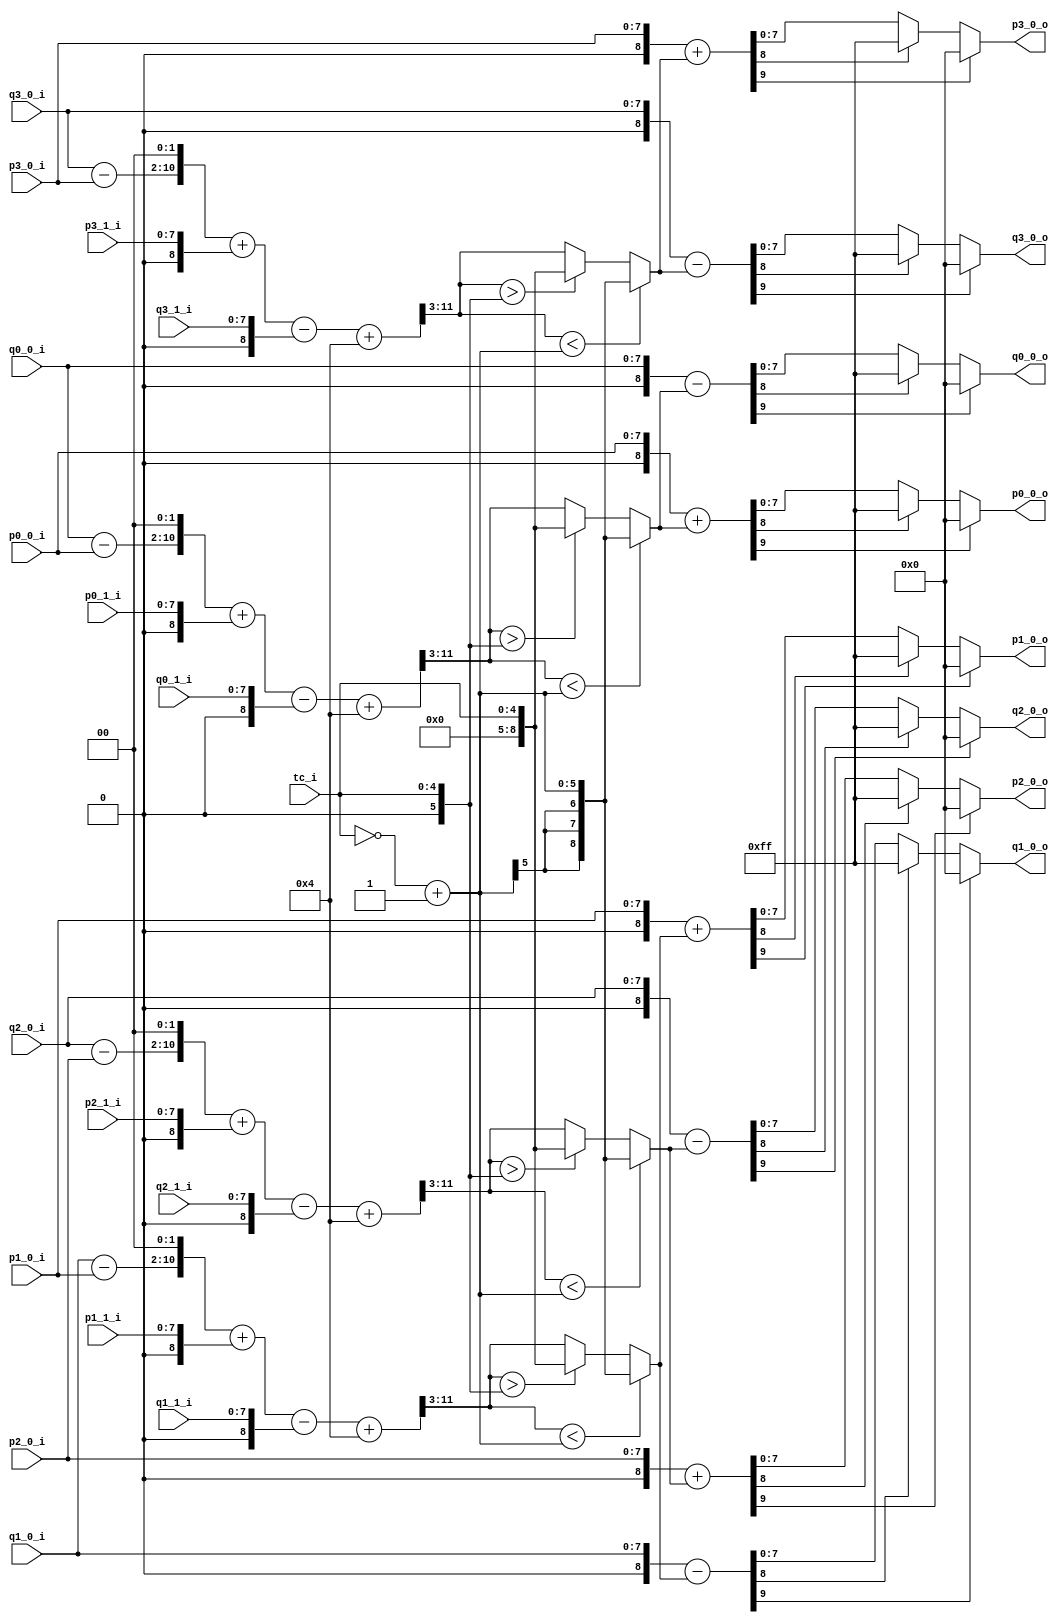
//----------------------------------------------------------------------------
//                                                                 
//  COPYRIGHT (C) 2011, VIPcore Group, Fudan University
//                                                                  
//  THIS FILE MAY NOT BE MODIFIED OR REDISTRIBUTED WITHOUT THE      
//  EXPRESSED WRITTEN CONSENT OF VIPcore Group
//                                                                  
//  VIPcore       : http://soc.fudan.edu.cn/vip    
//  IP Owner      : Yibo FAN
//  Contact       : fanyibo@fudan.edu.cn             
//----------------------------------------------------------------------------
// Author         : 
// Created        : 
// Description    : 
//                                
//----------------------------------------------------------------------------

module db_chroma_filter(
                    tc_i,
                            
                    p0_0_i  ,  p0_1_i  ,
                    p1_0_i  ,  p1_1_i  ,
                    p2_0_i  ,  p2_1_i  ,
                    p3_0_i  ,  p3_1_i  ,
                                       
                    q0_0_i  ,  q0_1_i  ,
                    q1_0_i  ,  q1_1_i  ,
                    q2_0_i  ,  q2_1_i  ,
                    q3_0_i  ,  q3_1_i  ,

                    p0_0_o  ,
                    p1_0_o  ,
                    p2_0_o  ,
                    p3_0_o  ,
                    q0_0_o  ,
                    q1_0_o  ,
                    q2_0_o  ,
                    q3_0_o   

    );

input [4:0] tc_i;

input       [7:0] p0_0_i  ,  p0_1_i  , 
                  p1_0_i  ,  p1_1_i  , 
                  p2_0_i  ,  p2_1_i  , 
                  p3_0_i  ,  p3_1_i  ; 
                                       
input       [7:0] q0_0_i  ,  q0_1_i  , 
                  q1_0_i  ,  q1_1_i  , 
                  q2_0_i  ,  q2_1_i  , 
                  q3_0_i  ,  q3_1_i  ; 

output[7:0] p0_0_o  ,  p1_0_o  ,  p2_0_o   , p3_0_o ;                   
output[7:0] q0_0_o  ,  q1_0_o  ,  q2_0_o   , q3_0_o ;

wire signed [8:0]  p0_0_s_w  =  {1'b0 , p0_0_i } ;
wire signed [8:0]  p0_1_s_w  =  {1'b0 , p0_1_i } ;
wire signed [8:0]  p1_0_s_w  =  {1'b0 , p1_0_i } ;
wire signed [8:0]  p1_1_s_w  =  {1'b0 , p1_1_i } ;
wire signed [8:0]  p2_0_s_w  =  {1'b0 , p2_0_i } ;
wire signed [8:0]  p2_1_s_w  =  {1'b0 , p2_1_i } ;
wire signed [8:0]  p3_0_s_w  =  {1'b0 , p3_0_i } ;
wire signed [8:0]  p3_1_s_w  =  {1'b0 , p3_1_i } ;
                                                
wire signed [8:0]  q0_0_s_w  =  {1'b0 , q0_0_i } ;
wire signed [8:0]  q0_1_s_w  =  {1'b0 , q0_1_i } ;
wire signed [8:0]  q1_0_s_w  =  {1'b0 , q1_0_i } ;
wire signed [8:0]  q1_1_s_w  =  {1'b0 , q1_1_i } ;
wire signed [8:0]  q2_0_s_w  =  {1'b0 , q2_0_i } ;
wire signed [8:0]  q2_1_s_w  =  {1'b0 , q2_1_i } ;
wire signed [8:0]  q3_0_s_w  =  {1'b0 , q3_0_i } ;
wire signed [8:0]  q3_1_s_w  =  {1'b0 , q3_1_i } ;

wire  signed [8:0]  delta0_w  ;//chroma delta
wire  signed [8:0]  delta1_w  ;//chroma delta
wire  signed [8:0]  delta2_w  ;//chroma delta
wire  signed [8:0]  delta3_w  ;//chroma delta

wire  signed [5:0]  tc_x        ;
wire  signed [5:0]  tc_y        ;

assign delta0_w = ((((q0_0_s_w-p0_0_s_w)<<2)+p0_1_s_w-q0_1_s_w+4)>>3);
assign delta1_w = ((((q1_0_s_w-p1_0_s_w)<<2)+p1_1_s_w-q1_1_s_w+4)>>3);
assign delta2_w = ((((q2_0_s_w-p2_0_s_w)<<2)+p2_1_s_w-q2_1_s_w+4)>>3);
assign delta3_w = ((((q3_0_s_w-p3_0_s_w)<<2)+p3_1_s_w-q3_1_s_w+4)>>3);

assign tc_x       = ~tc_i + 1'b1 ;
assign tc_y       = {1'b0,tc_i}  ;

wire  signed [8:0]  delta0_tc_w  ;//chroma delta
wire  signed [8:0]  delta1_tc_w  ;//chroma delta
wire  signed [8:0]  delta2_tc_w  ;//chroma delta
wire  signed [8:0]  delta3_tc_w  ;//chroma delta

assign delta0_tc_w = delta0_w < tc_x ? tc_x : (delta0_w > tc_y ? tc_y :delta0_w ) ;
assign delta1_tc_w = delta1_w < tc_x ? tc_x : (delta1_w > tc_y ? tc_y :delta1_w ) ;
assign delta2_tc_w = delta2_w < tc_x ? tc_x : (delta2_w > tc_y ? tc_y :delta2_w ) ;
assign delta3_tc_w = delta3_w < tc_x ? tc_x : (delta3_w > tc_y ? tc_y :delta3_w ) ;

wire signed [9:0] p0_0_m_w,q0_0_m_w ;
wire signed [9:0] p1_0_m_w,q1_0_m_w ;
wire signed [9:0] p2_0_m_w,q2_0_m_w ;
wire signed [9:0] p3_0_m_w,q3_0_m_w ;

assign p0_0_m_w  = p0_0_s_w  + delta0_tc_w  ;
assign p1_0_m_w  = p1_0_s_w  + delta1_tc_w  ;
assign p2_0_m_w  = p2_0_s_w  + delta2_tc_w  ;
assign p3_0_m_w  = p3_0_s_w  + delta3_tc_w  ;
assign q0_0_m_w  = q0_0_s_w  - delta0_tc_w  ;
assign q1_0_m_w  = q1_0_s_w  - delta1_tc_w  ;
assign q2_0_m_w  = q2_0_s_w  - delta2_tc_w  ;
assign q3_0_m_w  = q3_0_s_w  - delta3_tc_w  ;

assign p0_0_o  =  p0_0_m_w[9] ? 8'd0 :(p0_0_m_w[8] ? 8'd255 :p0_0_m_w[7:0]);
assign p1_0_o  =  p1_0_m_w[9] ? 8'd0 :(p1_0_m_w[8] ? 8'd255 :p1_0_m_w[7:0]);
assign p2_0_o  =  p2_0_m_w[9] ? 8'd0 :(p2_0_m_w[8] ? 8'd255 :p2_0_m_w[7:0]);
assign p3_0_o  =  p3_0_m_w[9] ? 8'd0 :(p3_0_m_w[8] ? 8'd255 :p3_0_m_w[7:0]);

assign q0_0_o  =  q0_0_m_w[9] ? 8'd0 :(q0_0_m_w[8] ? 8'd255 :q0_0_m_w[7:0]);
assign q1_0_o  =  q1_0_m_w[9] ? 8'd0 :(q1_0_m_w[8] ? 8'd255 :q1_0_m_w[7:0]);
assign q2_0_o  =  q2_0_m_w[9] ? 8'd0 :(q2_0_m_w[8] ? 8'd255 :q2_0_m_w[7:0]);
assign q3_0_o  =  q3_0_m_w[9] ? 8'd0 :(q3_0_m_w[8] ? 8'd255 :q3_0_m_w[7:0]);

endmodule